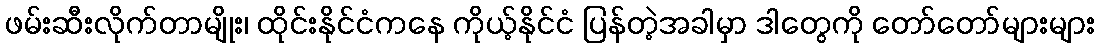
ဖမ်းဆီးလိုက်တာမျိုး၊ ထိုင်းနိုင်ငံကနေ ကိုယ့်နိုင်ငံ ပြန်တဲ့အခါမှာ ဒါတွေကို တော်တော်များများ